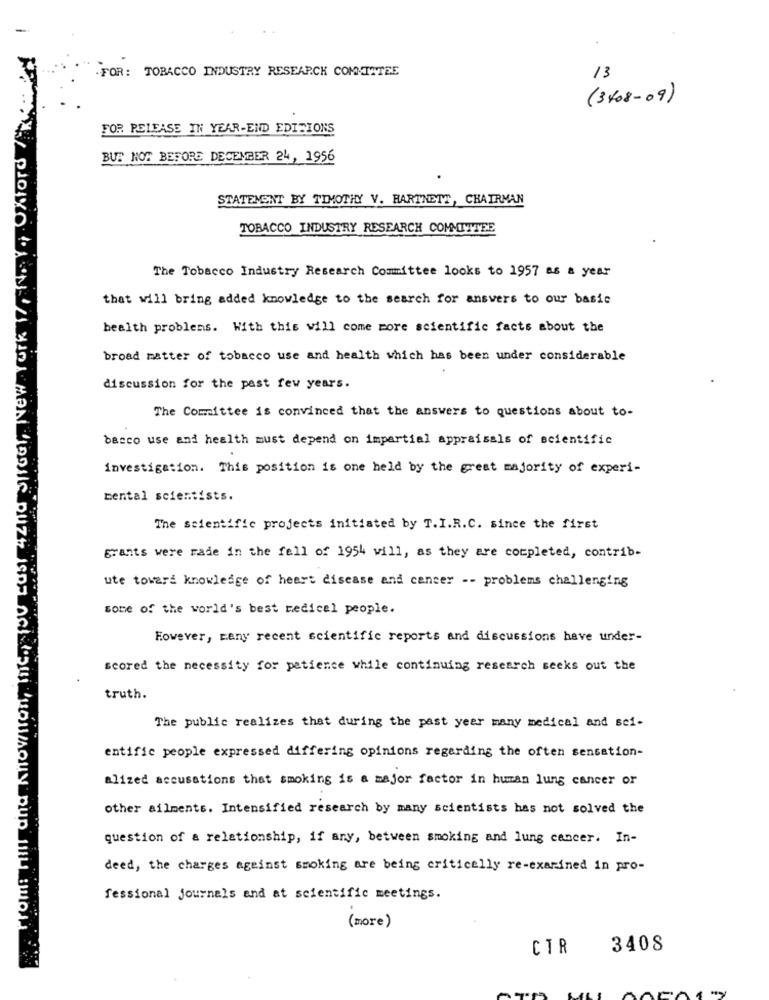
.FOR: TOBACCO INDUSTRY RESEARCH COMMITTEE
13
(3408-09)
FOR PELEASE IN YEAR-END EDITIONS
BUT NOT BEFORE DECEMBER 24, 1956
STATEMENT BY TIMOTHY V. HARTNETT, CHAIRMAN
TOBACCO INDUSTRY RESEARCH COMMITTEE
The Tobacco Industry Research Committee looks to 1957 as a year
that will bring added knowledge to the search for answers to our basic
health problems. With this will come more scientific facts about the
broad matter of tobacco use and health which has been under considerable
discussion for the past few years.
The Committee is convinced that the answers to questions about to-
basco use and health must depend on impartial appraisals of scientific
investigation. This position is one held by the great majority of experi-
mental scientists.
The scientific projects initiated by T.I.R.C. since the first
grants were made in the fall of 1954 will, as they are completed, contrib-
ute toward knowledge of heart disease and cancer -- problems challenging
some of the world's best medical people.
However, many recent scientific reports and discussions have under-
scored the necessity for patience while continuing research seeks out the
truth.
The public realizes that during the past year many medical and sei-
entific people expressed differing opinions regarding the often sensation-
alized accusations that smoking is a major factor in human lung cancer or
other ailments. Intensified research by many scientists has not solved the
question of a relationship, if any, between smoking and lung cancer. In-
deed, the charges against smoking are being critically re-examined in pro-
fessional journals and at scientific meetings.
( more)
CTR
3408